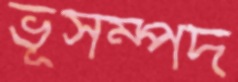
ভূসম্পদ